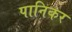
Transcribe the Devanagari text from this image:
पानिकर